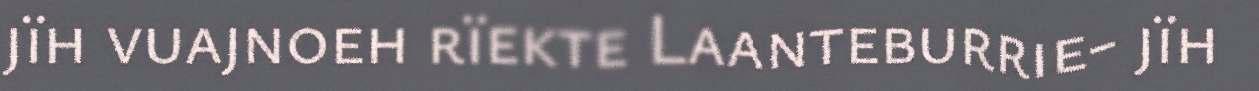
jïh vuajnoeh rïekte Laanteburrie- jïh